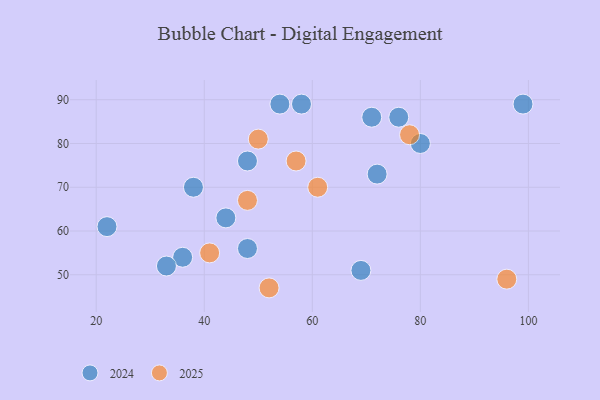
{"axis": {"x": "GDP", "y": "Life Expectancy"}, "legend": ["2024", "2025"], "data": [{"x": "57", "y": 76, "type": "2025"}, {"x": "78", "y": 82, "type": "2025"}, {"x": "41", "y": 55, "type": "2025"}, {"x": "48", "y": 67, "type": "2025"}, {"x": "52", "y": 47, "type": "2025"}, {"x": "50", "y": 81, "type": "2025"}, {"x": "96", "y": 49, "type": "2025"}, {"x": "61", "y": 70, "type": "2025"}, {"x": "99", "y": 89, "type": "2024"}, {"x": "80", "y": 80, "type": "2024"}, {"x": "71", "y": 86, "type": "2024"}, {"x": "44", "y": 63, "type": "2024"}, {"x": "58", "y": 89, "type": "2024"}, {"x": "22", "y": 61, "type": "2024"}, {"x": "69", "y": 51, "type": "2024"}, {"x": "38", "y": 70, "type": "2024"}, {"x": "72", "y": 73, "type": "2024"}, {"x": "48", "y": 56, "type": "2024"}, {"x": "54", "y": 89, "type": "2024"}, {"x": "76", "y": 86, "type": "2024"}, {"x": "36", "y": 54, "type": "2024"}, {"x": "48", "y": 76, "type": "2024"}, {"x": "33", "y": 52, "type": "2024"}]}